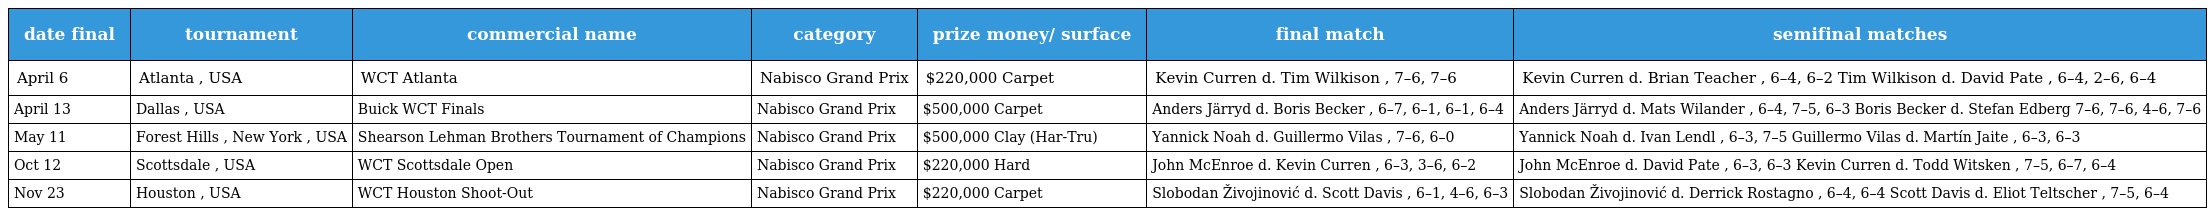
| date final | tournament | commercial name | category | prize money/ surface | final match | semifinal matches |
 | --- | --- | --- | --- | --- | --- | --- |
 | April 6 | Atlanta , USA | WCT Atlanta | Nabisco Grand Prix | $220,000 Carpet | Kevin Curren d. Tim Wilkison , 7–6, 7–6 | Kevin Curren d. Brian Teacher , 6–4, 6–2 Tim Wilkison d. David Pate , 6–4, 2–6, 6–4 |
 | April 13 | Dallas , USA | Buick WCT Finals | Nabisco Grand Prix | $500,000 Carpet | Anders Järryd d. Boris Becker , 6–7, 6–1, 6–1, 6–4 | Anders Järryd d. Mats Wilander , 6–4, 7–5, 6–3 Boris Becker d. Stefan Edberg 7–6, 7–6, 4–6, 7–6 |
 | May 11 | Forest Hills , New York , USA | Shearson Lehman Brothers Tournament of Champions | Nabisco Grand Prix | $500,000 Clay (Har-Tru) | Yannick Noah d. Guillermo Vilas , 7–6, 6–0 | Yannick Noah d. Ivan Lendl , 6–3, 7–5 Guillermo Vilas d. Martín Jaite , 6–3, 6–3 |
 | Oct 12 | Scottsdale , USA | WCT Scottsdale Open | Nabisco Grand Prix | $220,000 Hard | John McEnroe d. Kevin Curren , 6–3, 3–6, 6–2 | John McEnroe d. David Pate , 6–3, 6–3 Kevin Curren d. Todd Witsken , 7–5, 6–7, 6–4 |
 | Nov 23 | Houston , USA | WCT Houston Shoot-Out | Nabisco Grand Prix | $220,000 Carpet | Slobodan Živojinović d. Scott Davis , 6–1, 4–6, 6–3 | Slobodan Živojinović d. Derrick Rostagno , 6–4, 6–4 Scott Davis d. Eliot Teltscher , 7–5, 6–4 |